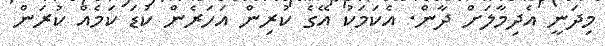
މިދަނީ އެދިމާލަށް ދާން. އެކަމަކު އޭގެ ކުރިން އަހަރެން ކުޑަ ކަމެއް ކުރަން